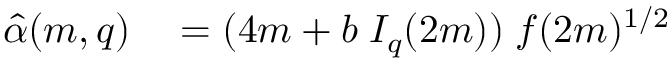
\begin{array} { r l } { \hat { \alpha } ( m , q ) } & { { } = ( 4 m + b \; I _ { q } ( 2 m ) ) \; f ( 2 m ) ^ { 1 / 2 } } \end{array}